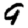
Digit: 9